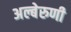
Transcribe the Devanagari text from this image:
अल्बेरुणी